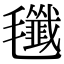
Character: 𣰷